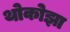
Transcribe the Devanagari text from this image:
थोकोझा